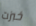
خبزت